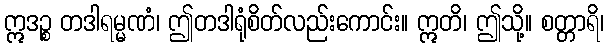
ဣဒဉ္စ တဒါရမ္မဏံ၊ ဤတဒါရုံစိတ်လည်းကောင်း။ ဣတိ၊ ဤသို့။ စတ္တာရိ၊